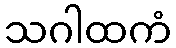
သဂါထကံ